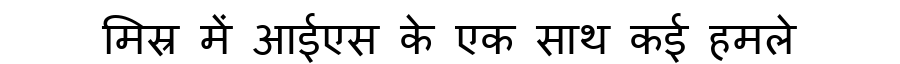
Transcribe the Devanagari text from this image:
मिस्र में आईएस के एक साथ कई हमले